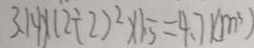
3 . 1 4 \times ( 2 \div 2 ) ^ { 2 } \times 1 . 5 = 4 . 7 1 ( m ^ { 3 } )